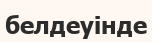
белдеуінде